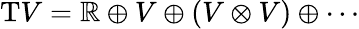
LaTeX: \mathrm{T}V=\mathbb{R}\oplus V\oplus(V\otimes V)\oplus\cdots